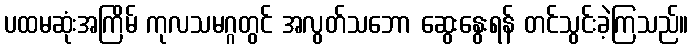
ပထမဆုံးအကြိမ် ကုလသမဂ္ဂတွင် အလွတ်သဘော ဆွေးနွေးရန် တင်သွင်းခဲ့ကြသည်။